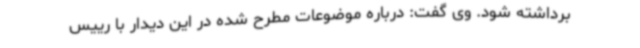
برداشته شود. وی گفت: درباره موضوعات مطرح شده در این دیدار با رییس